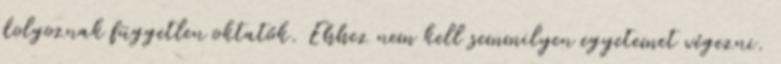
dolgoznak független oktatók. Ehhez nem kell semmilyen egyetemet végezni.